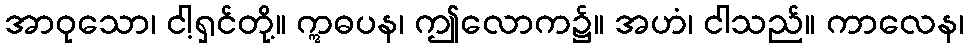
အာဝုသော၊ ငါ့ရှင်တို့။ ဣဓပန၊ ဤလောက၌။ အဟံ၊ ငါသည်။ ကာလေန၊